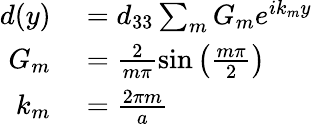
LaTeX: \begin{array}{rl}{d(y)}&{{}=d_{33}\sum_{m}G_{m}e^{ik_{m}y}}\\ {G_{m}}&{{}=\frac{2}{m\pi}\sin\left(\frac{m\pi}{2}\right)}\\ {k_{m}}&{{}=\frac{2\pi m}{a}}\end{array}